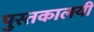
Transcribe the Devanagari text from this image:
पुस्तकालयी